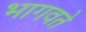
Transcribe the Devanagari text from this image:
भागवते